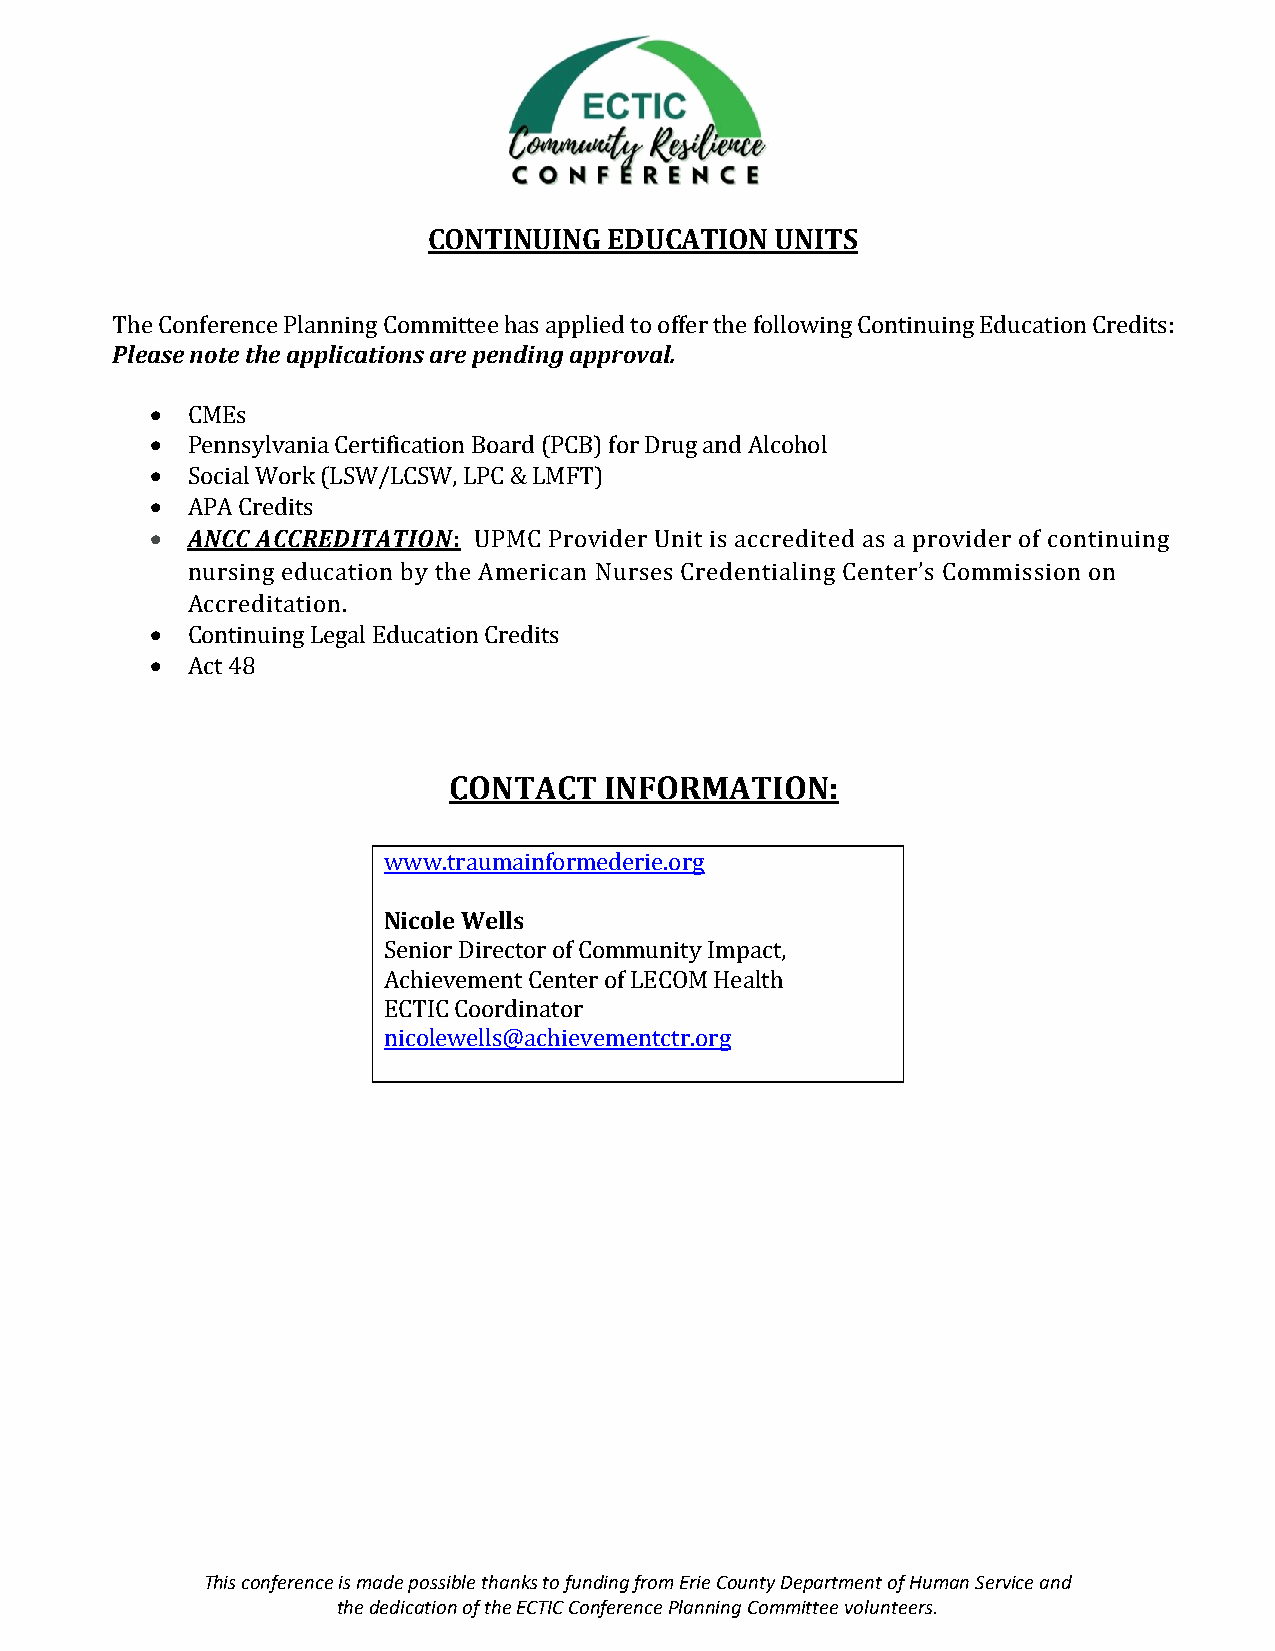
CONTINUING  EDUCATION  UNITS
 The Conference Planning Committee has applied to offer the following Continuing Education Credits:
 Please note the applications are pending approval.
 • CMEs
 • Pennsylvania Certification Board (PCB) for Drug and Alcohol
 • Social Work (LSW/LCSW, LPC & LMFT)
 • APA Credits
 • ANCC ACCREDITATION: UPMC Provider Unit is accredited as a provider of continuing
 nursing education by the American Nurses Credentialing Center’s Commission on
 Accreditation.
 • Continuing Legal Education Credits
 • Act 48
 CONTACT   INFORMATION:
 www.traumainformederie.org
 Nicole Wells
 Senior Director of Community Impact,
 Achievement Center of LECOM Health
 ECTIC Coordinator
 nicolewells@achievementctr.org
 This conference is made possible thanks to funding from Erie County Department of Human Service and
 the dedication of the ECTIC Conference Planning Committee volunteers.